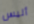
أليس